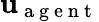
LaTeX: \mathbf{u}_{\mathrm{~a~g~e~n~t~}}